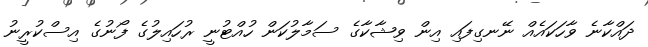
ދައްކާނެ ވާހަކައެއް ނޭނގިފައި އިން ވިޝާކާގެ ސަމާލުކަން ހުއްޓުނީ ރުހައިލުގެ ފޯނުގެ އިސްކުރީނު